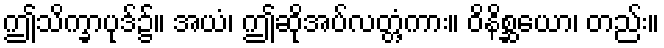
ဤသိက္ခာပုဒ်၌။ အယံ၊ ဤဆိုအပ်လတ္တံ့ကား။ ဝိနိစ္ဆယော၊ တည်း။